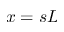
x = s L